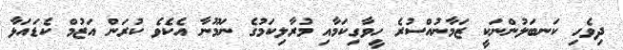
ދިވެހި ކަނބަލުންނަކީ ޒަމާނުއްސުރެ ހީވާގިކަމާއި މުރާލިކަމުގެ ނަމޫނާ އެކެވެ ކުރަން އަޒުމް ކެޑައަޅާ